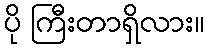
ပို ကြီးတာရှိလား။